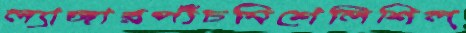
ল্যাঙ্গারপাঁচমিশেলিশিল্